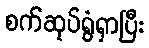
စက်ဆုပ်ရွံရှာပြီး